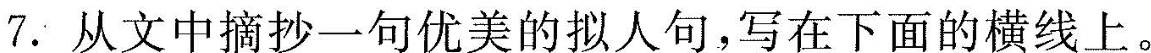
7. 从文中摘抄一句优美的拟人句，写在下面的横线上。